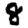
Digit: 8